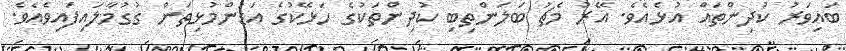
ބައިވަރު ކުދިންތައް އުޅެއެވެ. އޭރު މެޗު ބަލަންތިބި ކުދިންތަކުގެ ހަޅޭކުގެ އަޑުންމުޅިތަން ގުގުމާލައިފައިވެއެވެ.